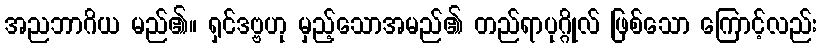
အညဘာဂိယ မည်၏။ ရှင်ဒဗ္ဗဟု မှည့်သောအမည်၏ တည်ရာပုဂ္ဂိုလ် ဖြစ်သော ကြောင့်လည်း